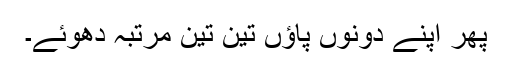
پھر اپنے دونوں پاؤں تین تین مرتبہ دھوئے۔